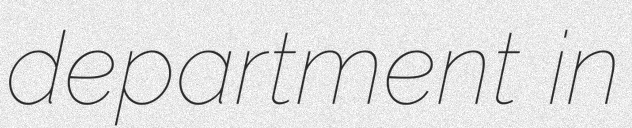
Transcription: department in